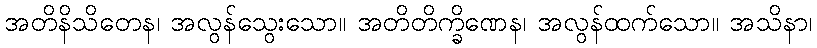
အတိနိသိတေန၊ အလွန်သွေးသော။ အတိတိက္ခိဏေန၊ အလွန်ထက်သော။ အသိနာ၊